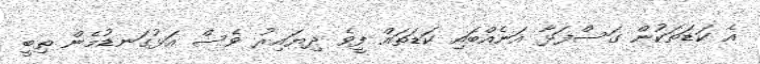
އެ ކަޑަތަކުން ގަސްފަޅާ އަނެއްބައި ކަޑަތައް ފީވެ ދިޔައިރު ވެސް އަޅުގަނޑުމެން ތިބީ